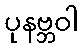
ပုနဗ္ဘဝါ